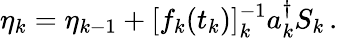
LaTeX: \eta_{k}=\eta_{k-1}+[f_{k}(t_{k})]_{k}^{-1}a_{k}^{\dagger}S_{k}\, .